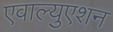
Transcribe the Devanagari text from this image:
एवाल्युएशन